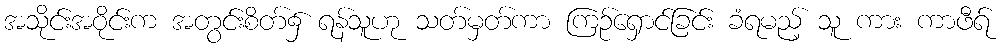
အသိုင်းအဝိုင်းက အတွင်းစိတ်၌ ရန်သူဟု သတ်မှတ်ကာ ကြဉ်ရှောင်ခြင်း ခံရမည့် သူ ကား ကာဖီရ်